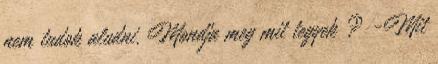
nem tudok aludni. Mondja meg mit tegyek ? -Mit